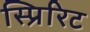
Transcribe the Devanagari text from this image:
स्प्रिरिट